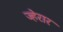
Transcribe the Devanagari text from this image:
ज्हेरार